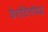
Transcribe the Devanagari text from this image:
कैरोटिनौयड